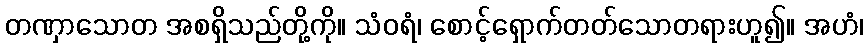
တဏှာသောတ အစရှိသည်တို့ကို။ သံဝရံ၊ စောင့်ရှောက်တတ်သောတရားဟူ၍။ အဟံ၊